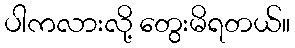
ပါကလားလို့ တွေးမိရတယ်။